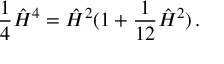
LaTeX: { \frac { 1 } { 4 } } \hat { \cal H } ^ { 4 } = \hat { \cal H } ^ { 2 } ( 1 + { \frac { 1 } { 1 2 } } \hat { \cal H } ^ { 2 } ) \, .